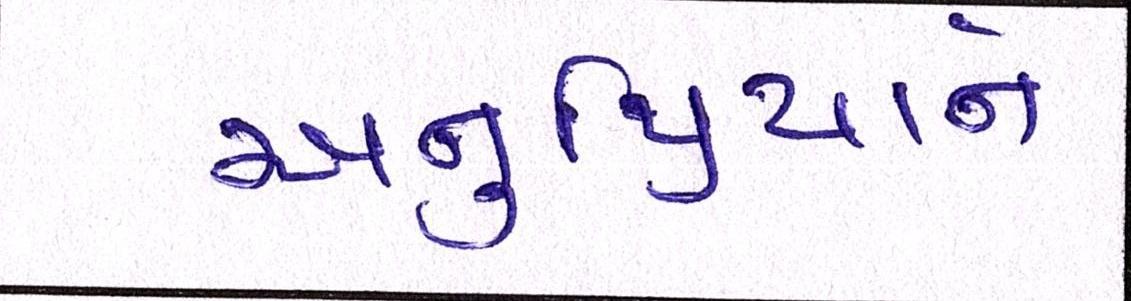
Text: અનુપ્રિયાને